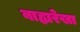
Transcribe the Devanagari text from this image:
बाह्यरेखा